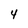
Character: 4